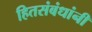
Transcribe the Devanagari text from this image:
हितसंबंधांनी